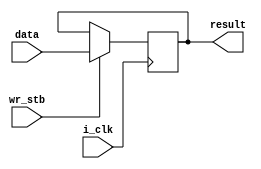
// Warren's simple CPU. It's purpose is solely to help Warren understand
// how to deal with block RAM/ROM which is clocked, as against RAM/ROM
// which is purely combinational. The high-level datapath design is:
//
//                 8
//  ROM -----------/---------------------
//   ^        |        |        |       ^
//   |        V        V        V       |
//  8/        AR       IR       X-------+
//   |        |        |
//   |<-------+        V
//   |              Decoder <--- uSeq
//   V
//   PC
//
// The CPU is microsequenced. On phase zero of each high-level
// instruction, IR is fetched from ROM[PC++] and uSeq is incremented.
// Further phases can: load the address register (AR), load the X
// register from ROM[PC] or ROM[AR], write the X register to ROM[AR],
// or write AR to PC (so as to jump the PC).
//
// There are a few generic components: register, counter, memory.
// The main ROM has 256 8-bit locations; ditto the Decoder ROM.
// The low nibble of the IR is combined with the low nibble of the uSeq
// phase to index the Decoder ROM. Thus: only 16 possible high-level
// instructions, each of which can have up to 16 microinstructions.
// The current instructions are:
//
// 0 NOP: IRload PCincr		Do nothing except increment the PC
// 	  uSreset
// 1 LCX: IRload PCincr		Load X with byte after instruction
//  	  Xload uSreset
// 2 LDX: IRload PCincr		Load X with ROM[byte after instruction]
//	  ARload PCincr
//	  ARena Xload uSreset
// 3 STX: IRload PCincr		Store X to ROM[byte after instruction]
//	  ARload PCincr			OK, so ROM is also RAM-like!
//	  ARena Xena uSreset
// 4 JMP: IRload PCincr		Jump: set PC's value to byte after instruction
//	  ARload PCincr
//	  ARena PCload uSreset
//
// The rom.hex file has this short machine code program:
//   00: LCX $23	01 23
//   02: STX $40	03 40	Store 0x23 into memory location 0x40
//   04: LCX $56	01 56
//   06: STX $41	03 41	Store 0x56 into memory location 0x41
//   08: JMP $0C	04 0C	Skip over some instructions
//   0A: NOP		00
//   0B: NOP		00
//   0C: LDX $40	02 40	Load X from mem location 0x40, should get 0x23
//   0E: LDX $41	02 41	Load X from mem location 0x41, should get 0x56
//   10: NOP		00
//   11: JMP $10	04 10	Jump back to the NOP at location 0x10


// Register component
module register (i_clk, wr_stb, data, result);
  input       i_clk;		// Do updates on rising i_clk
  input       wr_stb;		// Update register if high
  input  [7:0] data;		// Input data
  output [7:0] result;		// Output register value

  reg [7:0] internal_value=0;	// Register's internal value
  assign result= internal_value;

  always @(posedge i_clk) 	// Update internal value when wr_stb is high
    if (wr_stb)
      internal_value <= data;
endmodule

// Counter component
module counter (i_clk, wr_stb, incr_stb, data, result);
  input        i_clk;		// Do updates on rising i_clk
  input        wr_stb;		// Update counter if high
  input        incr_stb;	// Increment cntr if high, overridden by wr_stb
  input  [7:0] data;		// Input data
  output [7:0] result;		// Output counter's value

  reg [7:0] internal_value=0;	// Counter's internal value
  assign result= internal_value;

  always @(posedge i_clk) 	// Update internal value when wr_stb is high
    if (wr_stb)	
      internal_value <= data;
    else if (incr_stb)		// Otherwise increment if incr_stb is high
      internal_value <= internal_value + 1;
endmodule

// Memory component, unclocked. 256 8-bit memory locations
// XXX: this is the one I need to work out how to implement in block RAM.
module memory(i_clk, wr_stb, address, data, result);
  parameter    filename = "data.hex";
  input        i_clk;		// Do updates on rising i_clk
  input        wr_stb;		// Update memory if high
  input  [7:0] address;		// Address in memory to write data
  input  [7:0] data;		// Input data
  output [7:0] result;		// Output memory's value

  reg [7:0] mem [0:255];	// Actual memory store
  assign result= mem[address];

  always @(posedge i_clk) 	// Update internal value if wr_stb is high
    if (wr_stb)
      mem[address] <= data;

  initial begin			// Fill the memory with some initial values
    $readmemh(filename, mem);
  end
endmodule

module simplecpu (i_clk);
  input i_clk;			// System clock signal provided by testbench
				// Internal wiring
  wire [7:0] databus;		// The data bus, connected to ROM, AR, IR, X
  wire [7:0] addressbus;	// The address bus, either PC or AR's value
  wire [7:0] Memvalue;		// Output of memory
  wire [7:0] Xvalue;		// Output of X register
  wire [7:0] ARvalue;		// Output of address register
  wire [7:0] IRvalue;		// Output of instruction register
  wire [7:0] PCvalue;		// Output of PC
  wire [7:0] uSeqvalue;		// Output of microsequencer
  wire [7:0] Decodevalue;	// Output of instruction decoder

				// Active high ctrl lines: bits of Decodevalue
  wire	     PCload;		// Load PC with the AR value
  wire	     Xload;		// Load the A register
  wire	     IRload;		// Load the instruction register
  wire	     ARload;		// Load the address register
  wire	     ARena;		// Put AR on the address bus; put PC if low
  wire	     Xena;		// Put X on the data bus; put memory if low
  wire	     uSreset;		// Reset the microsequence phase to zero
  wire	     PCincr;		// Increment the PC

				// Multiplex on the data and address busses
  assign addressbus= ARena ? ARvalue : PCvalue;
  assign databus=    Xena  ? Xvalue  : Memvalue;

				// Add in the components
  register  Xreg(i_clk, Xload,  databus, Xvalue);
  register IRreg(i_clk, IRload, databus, IRvalue);
  register ARreg(i_clk, ARload, databus, ARvalue);

				// The microsequencer either increments (1'b1),
				// or is reset to value 8'h00
  counter uSeq(i_clk, uSreset, 1'b1,   8'h00,   uSeqvalue);
  counter   PC(i_clk, PCload,  PCincr, ARvalue, PCvalue);

  memory #(.filename("rom.hex"))
	 ROM(i_clk, Xena, addressbus, databus, Memvalue);
  memory #(.filename("decode.hex"))
	 Decode(i_clk, 1'b0, {IRvalue[3:0],uSeqvalue[3:0]}, 8'h00, Decodevalue);

				// Get the individual control
				// lines from the Decodevalue
  assign PCincr=  Decodevalue[7];
  assign uSreset= Decodevalue[6];
  assign Xena=    Decodevalue[5];
  assign ARena=   Decodevalue[4];
  assign ARload=  Decodevalue[3];
  assign IRload=  Decodevalue[2];
  assign Xload=   Decodevalue[1];
  assign PCload=  Decodevalue[0];

endmodule


// The test bench to generate the VCD file from the simulation
module icarus_tb();
  reg i_clk;

  // Initialise the clock, create the VCD file
  initial begin        
    $dumpfile("test.vcd");
    $dumpvars(0, icarus_tb);
    i_clk = 0;       	// initial value of clk
    #60 $finish;     	// Terminate simulation
  end

  // Clock generator
  always begin
    #1 i_clk = ~i_clk; 	// Toggle i_clk every tick
  end

  // Connect the CPU to the test bench
  simplecpu DUT(i_clk);

endmodule